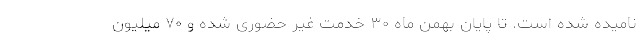
نامیده شده است. تا پایان بهمن ماه ۳۰ خدمت غیر حضوری شده و ۷۰ میلیون